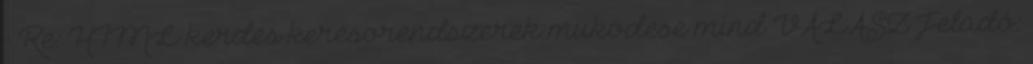
- Re: HTML kerdes keresorendszerek mukodese mind VÁLASZ Feladó: